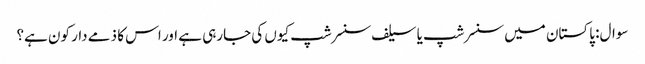
سوال: پاکستان میں سنسرشپ یا سیلف سنسرشپ کیوں کی جارہی ہے اور اس کا ذمے دار کون ہے؟